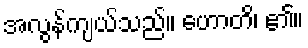
အလွန်ကျယ်သည်။ ဟောတိ၊ ၏။